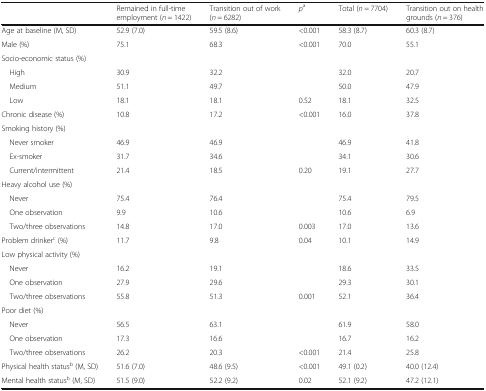
<table><thead><tr><td></td><td><b>Remained in full-time employment (<i>n</i> = 1422)</b></td><td><b>Transition out of work (<i>n</i> = 6282)</b></td><td><b><i>p</i><sup>a</sup></b></td><td><b>Total (<i>n</i> = 7704)</b></td><td><b>Transition out on health grounds (<i>n</i> = 376)</b></td></tr></thead><tbody><tr><td>Age at baseline (M, SD)</td><td>52.9 (7.0)</td><td>59.5 (8.6)</td><td>&lt;0.001</td><td>58.3 (8.7)</td><td>60.3 (8.7)</td></tr><tr><td>Male (%)</td><td>75.1</td><td>68.3</td><td>&lt;0.001</td><td>70.0</td><td>55.1</td></tr><tr><td colspan="6">Socio-economic status (%)</td></tr><tr><td> High</td><td>30.9</td><td>32.2</td><td></td><td>32.0</td><td>20.7</td></tr><tr><td> Medium</td><td>51.1</td><td>49.7</td><td></td><td>50.0</td><td>47.9</td></tr><tr><td> Low</td><td>18.1</td><td>18.1</td><td>0.52</td><td>18.1</td><td>32.5</td></tr><tr><td>Chronic disease (%)</td><td>10.8</td><td>17.2</td><td>&lt;0.001</td><td>16.0</td><td>37.8</td></tr><tr><td colspan="6">Smoking history (%)</td></tr><tr><td> Never smoker</td><td>46.9</td><td>46.9</td><td></td><td>46.9</td><td>41.8</td></tr><tr><td> Ex-smoker</td><td>31.7</td><td>34.6</td><td></td><td>34.1</td><td>30.6</td></tr><tr><td> Current/intermittent</td><td>21.4</td><td>18.5</td><td>0.20</td><td>19.1</td><td>27.7</td></tr><tr><td colspan="6">Heavy alcohol use (%)</td></tr><tr><td> Never</td><td>75.4</td><td>76.4</td><td></td><td>75.4</td><td>79.5</td></tr><tr><td> One observation</td><td>9.9</td><td>10.6</td><td></td><td>10.6</td><td>6.9</td></tr><tr><td> Two/three observations</td><td>14.8</td><td>17.0</td><td>0.003</td><td>17.0</td><td>13.6</td></tr><tr><td>Problem drinker<sup>c</sup> (%)</td><td>11.7</td><td>9.8</td><td>0.04</td><td>10.1</td><td>14.9</td></tr><tr><td colspan="6">Low physical activity (%)</td></tr><tr><td> Never</td><td>16.2</td><td>19.1</td><td></td><td>18.6</td><td>33.5</td></tr><tr><td> One observation</td><td>27.9</td><td>29.6</td><td></td><td>29.3</td><td>30.1</td></tr><tr><td> Two/three observations</td><td>55.8</td><td>51.3</td><td>0.001</td><td>52.1</td><td>36.4</td></tr><tr><td colspan="6">Poor diet (%)</td></tr><tr><td> Never</td><td>56.5</td><td>63.1</td><td></td><td>61.9</td><td>58.0</td></tr><tr><td> One observation</td><td>17.3</td><td>16.6</td><td></td><td>16.7</td><td>16.2</td></tr><tr><td> Two/three observations</td><td>26.2</td><td>20.3</td><td>&lt;0.001</td><td>21.4</td><td>25.8</td></tr><tr><td>Physical health status<sup>b</sup> (M, SD)</td><td>51.6 (7.0)</td><td>48.6 (9.5)</td><td>&lt;0.001</td><td>49.1 (0.2)</td><td>40.0 (12.4)</td></tr><tr><td>Mental health status<sup>b</sup> (M, SD)</td><td>51.5 (9.0)</td><td>52.2 (9.2)</td><td>0.02</td><td>52.1 (9.2)</td><td>47.2 (12.1)</td></tr></tbody></table>